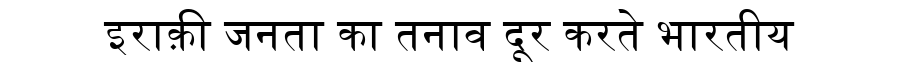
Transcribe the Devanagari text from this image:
इराक़ी जनता का तनाव दूर करते भारतीय